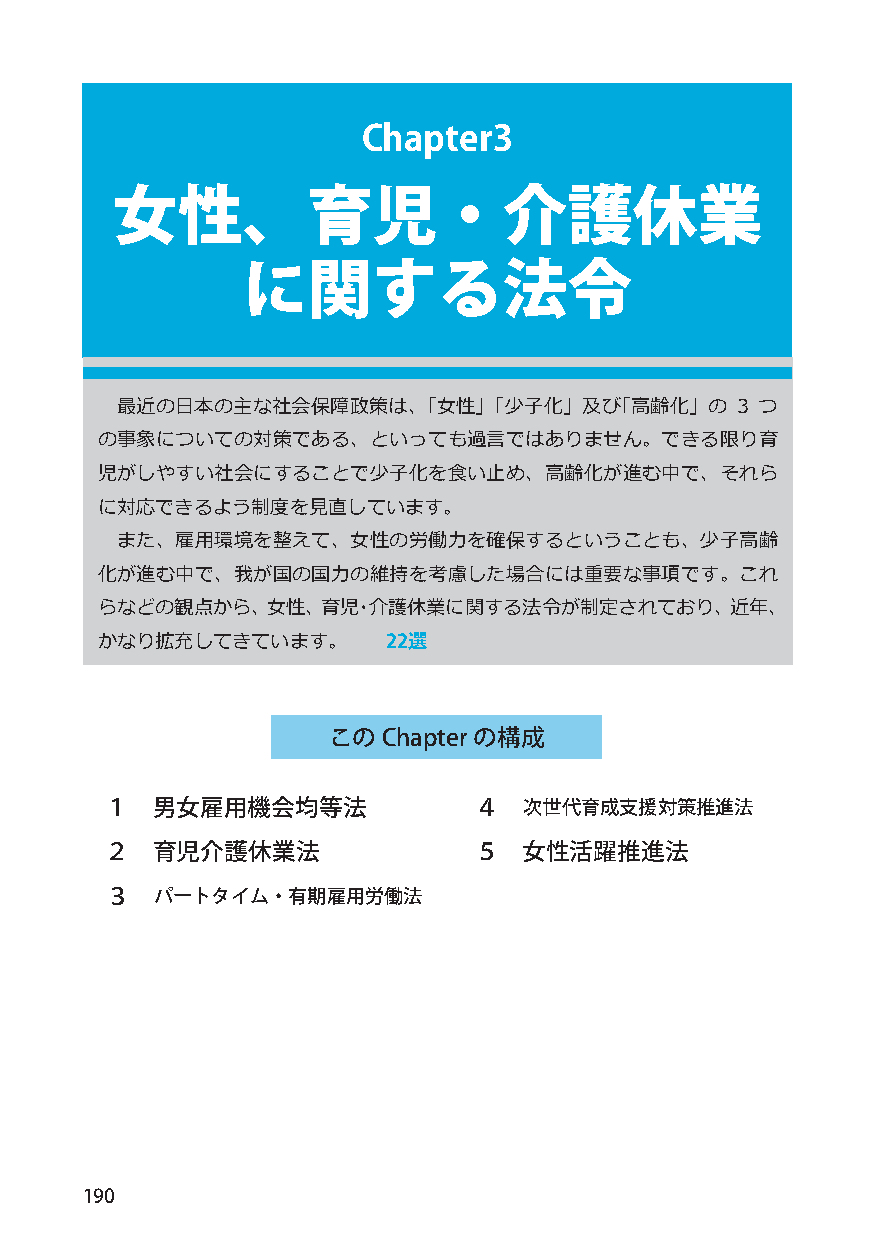
Chapter3
 女性、育児・介護休業
 に関する法令
 最近の日本の主な社会保障政策は、「女性」「少子化」及び「高齢化」の        3 つ
 の事象についての対策である、といっても過言ではありません。できる限り育
 児がしやすい社会にすることで少子化を食い止め、高齢化が進む中で、それら
 に対応できるよう制度を見直しています。
 また、雇用環境を整えて、女性の労働力を確保するということも、少子高齢
 化が進む中で、我が国の国力の維持を考慮した場合には重要な事項です。これ
 らなどの観点から、女性、育児・介護休業に関する法令が制定されており、近年、
 かなり拡充してきています。       22選
 このChapter の構成
 １  男女雇用機会均等法            ４   次世代育成支援対策推進法
 ２  育児介護休業法              ５   女性活躍推進法
 ３  パートタイム・有期雇用労働法
 190